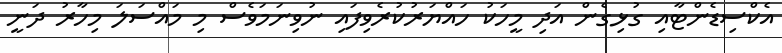
އެކްސިޑެންޓާއި ގުޅިގެން އަދި މީހަކު ހައްޔަރުކުރެވިފައި ނުވިނަމަވެސް މި މައްސަލަ މިހާރު ދަނީ